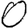
Digit: 0